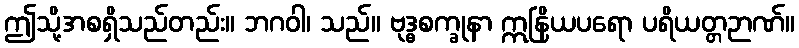
ဤသို့အစရှိသည်တည်း။ ဘဂဝါ၊ သည်။ ဗုဒ္ဓစက္ခုနာ ဣနြိယပရော ပရိယတ္တဉာဏ်။